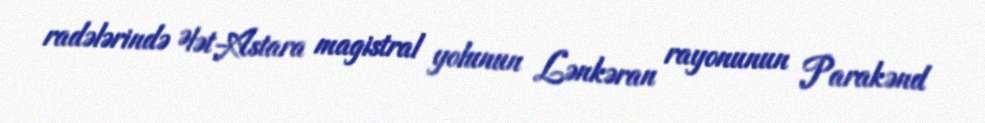
radələrində Ələt-Astara magistral yolunun Lənkəran rayonunun Parakənd